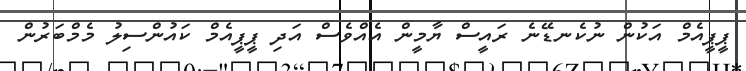
ޕީޕީއެމް އަކުން ނުކެނޑޭނެ ރައީސް ޔާމީން އެއްވެސް އަދި ޕީޕީއެމް ކައުންސިލު މެމްބަރުން